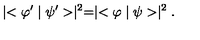
\mid < \varphi ^ { \prime } \mid \psi ^ { \prime } > \mid ^ { 2 } = \mid < \varphi \mid \psi > \mid ^ { 2 } .